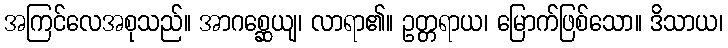
အကြင်လေအစုသည်။ အာဂစ္ဆေယျ၊ လာရာ၏။ ဥတ္တရာယ၊ မြောက်ဖြစ်သော။ ဒိသာယ၊